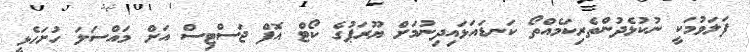
ފަލަވުމަކީ ނުކުޅެދުންތެރިކަމެއްތޯ ކަނޑައަޅައިދިނުމަށް ޔޫރަޕުގެ ކޯޓް އޮފް ޖަސްޓިސް އަށް މައްސަލަ ހުށަހެޅީ